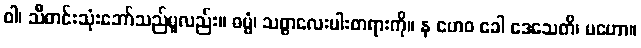
ဝါ၊ သိီတင်းသုံးဘော်သည်မူလည်း။ ဓမ္မံ၊ သစ္စာလေးပါးတရားကို။ န ဟေဝ ခေါ ဒေသေတိ၊ မဟော။